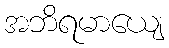
အဘိရမာယျေ